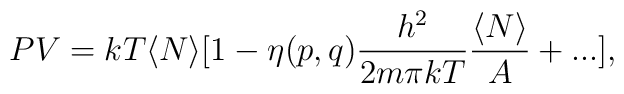
PV=kT\langle N\rangle[1-\eta(p,q){h^{2}\over 2m\pi kT}{\langle N\rangle\over A}+...],